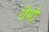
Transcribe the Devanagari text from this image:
रीमो